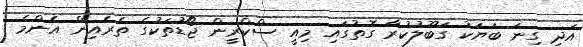
އަދި ގިނަ ބަޔަކު ގަބޫލުކުރާ ގޮތުގައި މިއީ ސްކްރީން ޖޯޑުތަކުގެ ތެރެއިން އެންމެ